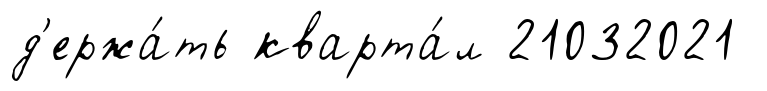
д'ержа́ть кварта́л 21032021